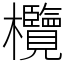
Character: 欖